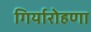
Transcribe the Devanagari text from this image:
गिर्यारोहणा